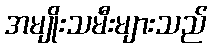
အမျိုးသမီးများသည်